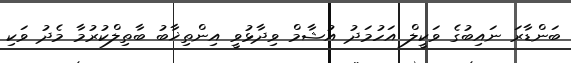
ބަންޑާރަ ނައިބުގެ ވަކީލް އަހުމަދު އުޝާމް ވިދާޅުވީ އިންތިޚާބު ބާތިލްކުރުމާ މެދު ވަކި